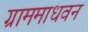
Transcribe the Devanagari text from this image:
ग्राममाधवन